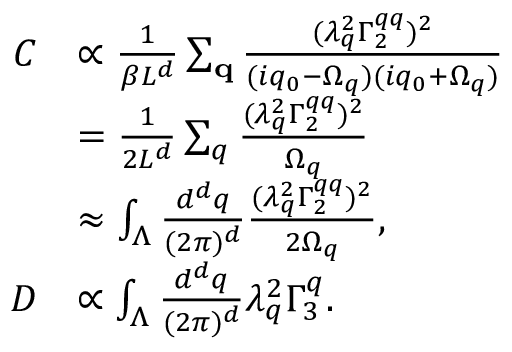
\begin{array} { r l } { C } & { \propto \frac { 1 } { \beta L ^ { d } } \sum _ { \mathbf { q } } \frac { ( \lambda _ { q } ^ { 2 } \Gamma _ { 2 } ^ { q q } ) ^ { 2 } } { ( i q _ { 0 } - \Omega _ { q } ) ( i q _ { 0 } + \Omega _ { q } ) } } \\ & { = \frac { 1 } { 2 L ^ { d } } \sum _ { q } \frac { ( \lambda _ { q } ^ { 2 } \Gamma _ { 2 } ^ { q q } ) ^ { 2 } } { \Omega _ { q } } } \\ & { \approx \int _ { \Lambda } \frac { d ^ { d } q } { ( 2 \pi ) ^ { d } } \frac { ( \lambda _ { q } ^ { 2 } \Gamma _ { 2 } ^ { q q } ) ^ { 2 } } { 2 \Omega _ { q } } , } \\ { D } & { \propto \int _ { \Lambda } \frac { d ^ { d } q } { ( 2 \pi ) ^ { d } } \lambda _ { q } ^ { 2 } \Gamma _ { 3 } ^ { q } . } \end{array}